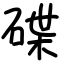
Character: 碟